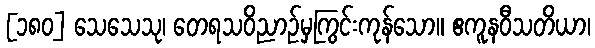
[၁၈၀] သေသေသု၊ တေရသဝိညာဉ်မှကြွင်းကုန်သော။ ဧကူနဝီသတိယာ၊